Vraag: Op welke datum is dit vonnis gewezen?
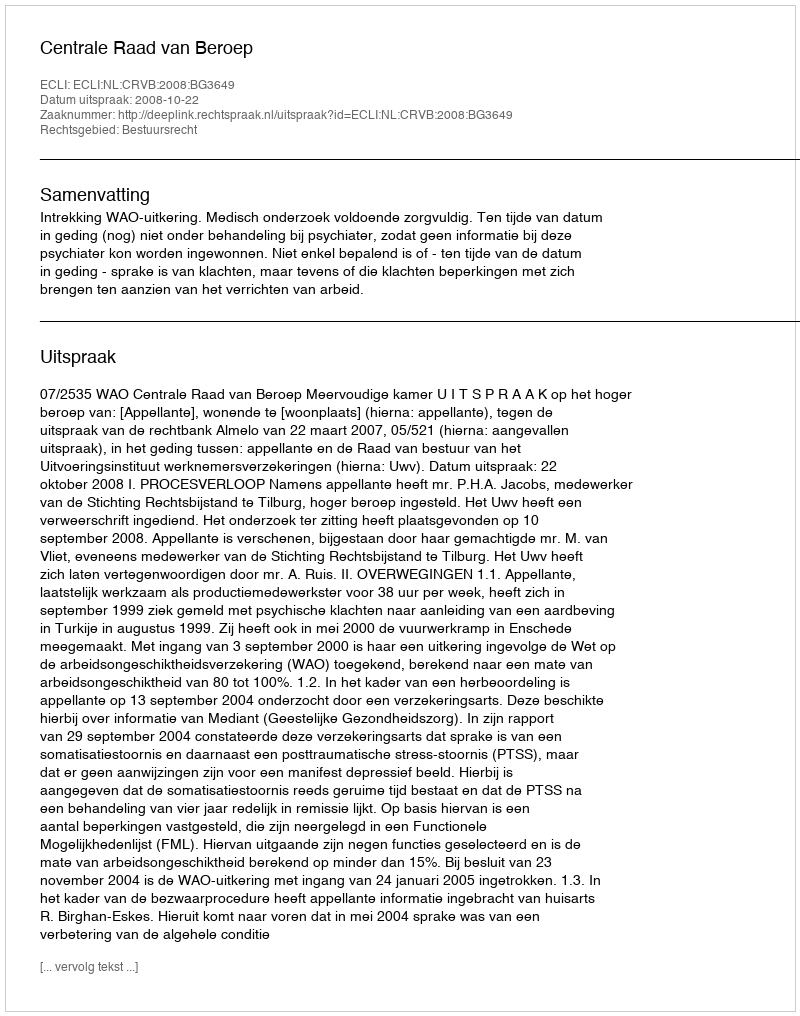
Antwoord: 2008-10-22